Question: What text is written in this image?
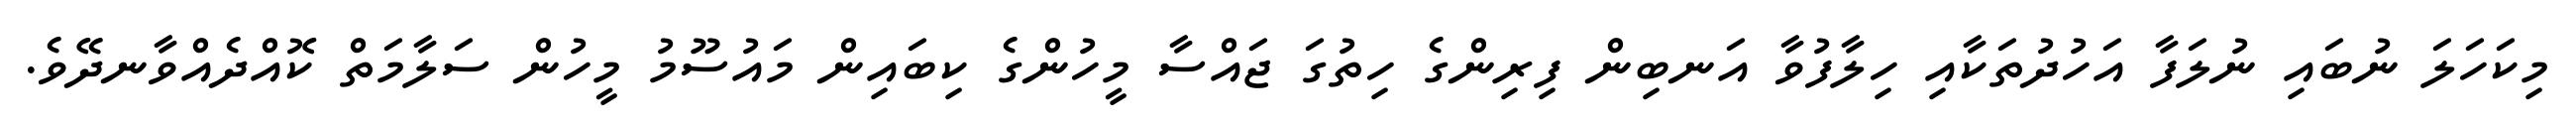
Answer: މިކަހަލަ ނުބައި ނުލަފާ އަހުދުތަކާއި ހިލާފުވާ އަނބިން ފިރިންގެ ހިތުގަ ޖައްސާ މީހުންގެ ކިބައިން މައުސޫމު މީހުން ސަލާމަތް ކޮއްދެއްވާނދޭވެ.